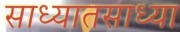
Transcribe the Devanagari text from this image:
साध्यातसाध्या